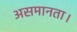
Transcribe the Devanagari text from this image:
असमानता।